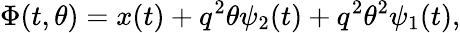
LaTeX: \Phi(t,\theta)=x(t)+q^{2}\theta\psi_{2}(t)+q^{2}\theta^{2}\psi_{1}(t),